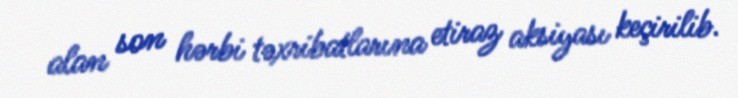
alan son hərbi təxribatlarına etiraz aksiyası keçirilib.